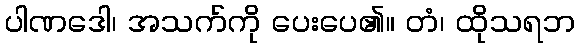
ပါဏဒေါ၊ အသက်ကို ပေးပေ၏။ တံ၊ ထိုသရဘ